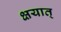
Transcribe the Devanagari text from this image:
क्षयात्